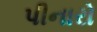
પીનારો